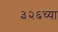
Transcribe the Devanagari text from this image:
३२६च्या